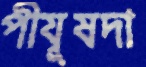
পীযূষদা